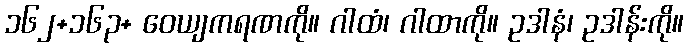
၁၆၂+၁၆၃+ ဝေယျကရဏကို။ ဂါထံ၊ ဂါထာကို။ ဥဒါနံ၊ ဥဒါန်းကို။